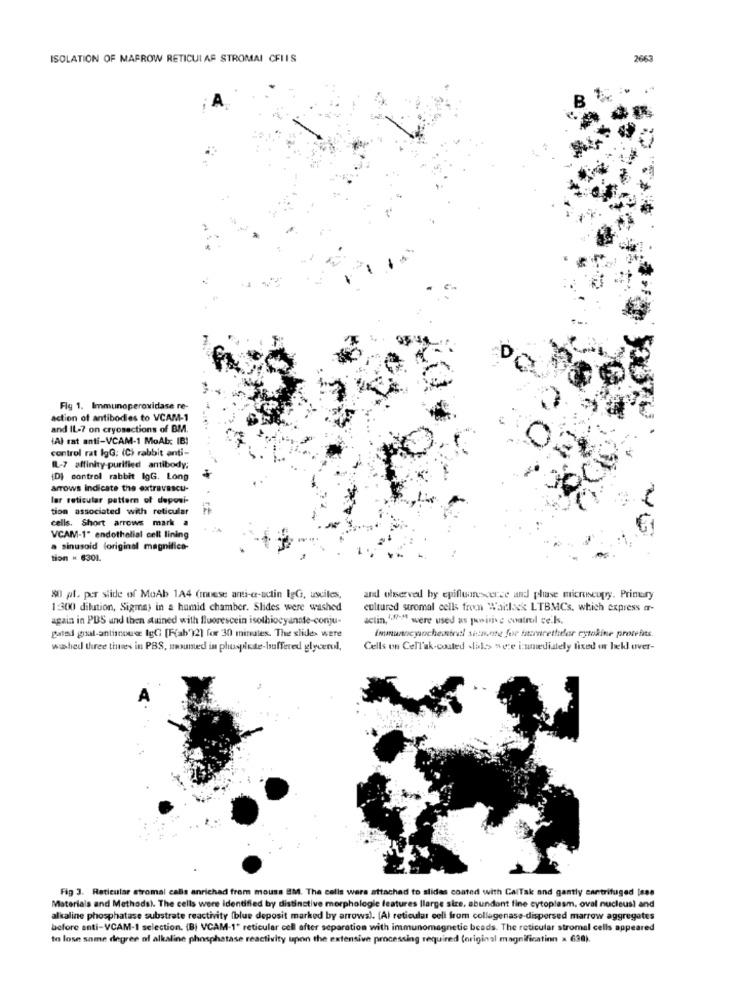
ISOLATION OF MARROW RETICUI AF STROMAI CFIIS
2663
Fly 1. Immunoperoxidase re-
action of antibodies to VCAM-1
and IL-7 on cryosections of BM.
{Al rat anti-VCAM-1 MoAb: IB!
control rat lgG; (C) rabbit anti-
I-7 affinity-purified antibody;
{D) control rabbit lgG. Long
arrows indicate the extravascu-
lar reticular pattern of deposi-
tion associated with reticular
cells. Short arrows mark a
VCAM-1" endothelial cell lining
a sinusoid (original magnifica-
tion * 6301.
80 pl. per slide of MoAb 1A4 (muese anti-ar-actin lgG, usciles,
and olserved by epiflunescerce and phase microscopy. Primary
1:300 dilution, Sigma) in a humid chamber. Slides were washed
cultured stromal cells from Wail & LTBMCs, which express ar-
again in PBS and then stuined with fluorescein isothiocyanate-conju-
actin,1.973M were used as preini e control cells.
gated grat-antisouce IgC [F(ab')2] for 30 minutes. The slides were
immunneyiocheneral sinme for tarnrethdar cytokine protefits.
washed three thues in PBS, mounted in phuspiede-buffered glycerol,
Cells on CelTak-coated .lids were i:undiately fixed or bekl over-
Fig 3. Reticular stromal calls anrichad from mouss EM. The cells were attached to slides coated with CalTak and gantly centrifuged [see
Materials and Methodsl. The cells were identified by distinctive morphologie features (large size, abundant fine cytoplasm, oval nucleus) and
alkaline phosphatase substrate reactivity (blue deposit marked by arrows). [Al reticular celi from collagenase-dispersed marrow aggregates
before anti-VCAM-1 selection. (B) VCAM-1' reticular cell after separation with immunomagnetic beads. The reticular stromal cells appeared
to lose some degree of alkaline phosphatase reactivity upon the extensive processing required (original magnification x 630).